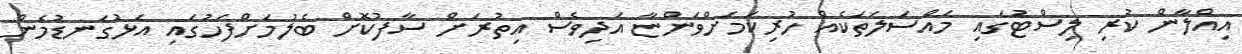
އިއްލާން ކުރި ލިސްޓުގައި މައްސަލަތަކެއް ހުރިކަމަށްވަންޏާ އަދިވެސް އިތުރަށް ސާފުކޮށް ބެލުމަށްފަހުގައި އަޅުގަނޑުމެން